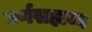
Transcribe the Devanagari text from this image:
वर्णसहाय्य